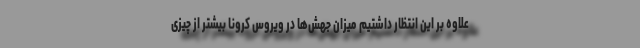
علاوه بر این انتظار داشتیم میزان جهش‌ها در ویروس کرونا بیشتر از چیزی